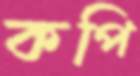
কপি